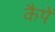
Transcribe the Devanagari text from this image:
कैपें